Papers set at the Examination for Leaving Certificates, 1895
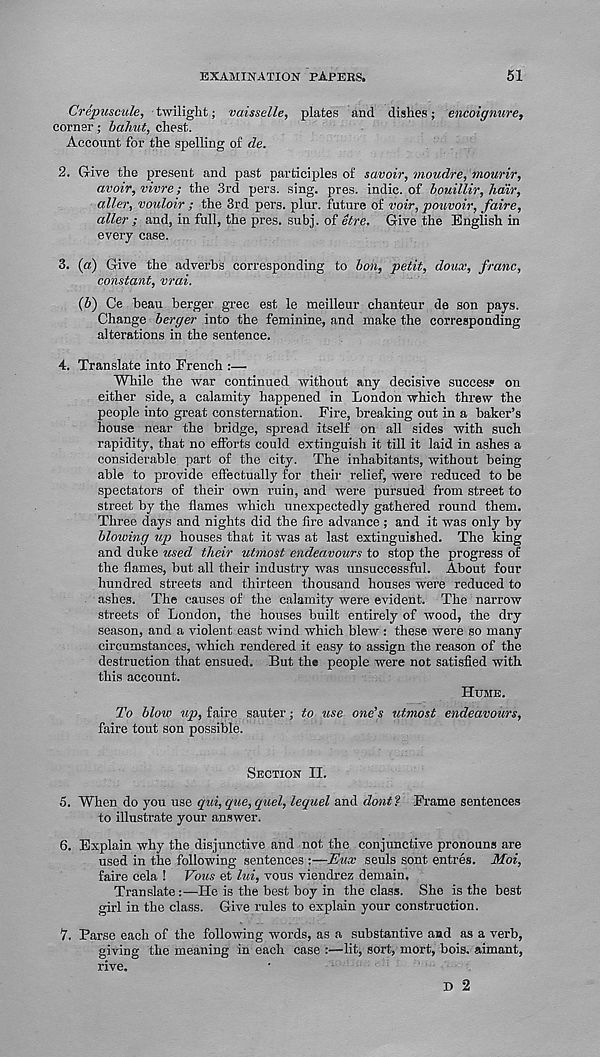
EXAMINATION PAPERS.
51
Crepuscule, twilight; vaisselle, plates and dishes; encoignure,
corner; bahut, chest.
Account for the spelling of de.
2. Give the present and past participles of savoir, moudre, mourir,
avoir, vivre; the 3rd pers. sing. pres, indie, of bouillir, hair,
aller, vouloir ; the 3rd pers. plur. future of voir, pouvoir, faire,
oiler ; and, in full, the pres. subj. of etre. Give the English in
every case.
3. (a) Give the adverbs corresponding to bon, petit, doux, franc,
constant, vrai.
(b) Ce beau berger grec est le meilleur chanteur de son pays.
Change berger into the feminine, and make the corresponding
alterations in the sentence.
4. Translate into French :—
While the war continued without any decisive success on
either side, a calamity happened in London which threw the
people into great consternation. Fire, breaking out in a baker’s
house near the bridge, spread itself on all sides with such
rapidity, that no efforts could extinguish it till it laid in ashes a
considerable part of the city. The inhabitants, without being
able to provide effectually for their relief, were reduced to be
spectators of their own ruin, and were pursued from street to
street by the flames which unexpectedly gathered round them.
Three days and nights did the fire advance; and it was only by
blowing up houses that it was at last extinguished. The king
and duke used their utmost endeavours to stop the progress of
the flames, but all their industry was unsuccessful. About four
hundred streets and thirteen thousand houses were reduced to
ashes. The causes of the calamity were evident. The narrow
streets of London, the houses built entirely of wood, the dry
season, and a violent east wind which blew: these were so many
circumstances, which rendered it easy to assign the reason of the
destruction that ensued. But the people were not satisfied with
this account.
Hume.
To blow up, faire sauter; to use one’s utmost endeavours,
faire tout son possible.
Section II.
5. When do you use qui, que, quel, lequel and dont? Frame sentences
to illustrate your answer.
6. Explain why the disjunctive and not the conjunctive pronouns are
used in the following sentences :—Eux seuls sont entres. Moi,
faire cela ! Vous et lui, vous viendrez domain.
Translate :—He is the best boy in the class. She is the best
girl in the class. Give rules to explain your construction.
7. Parse each of the following words, as a substantive and as a verb,
giving the meaning in each case;—lit, sort, mort, bois. aimant,
rive.
D 2